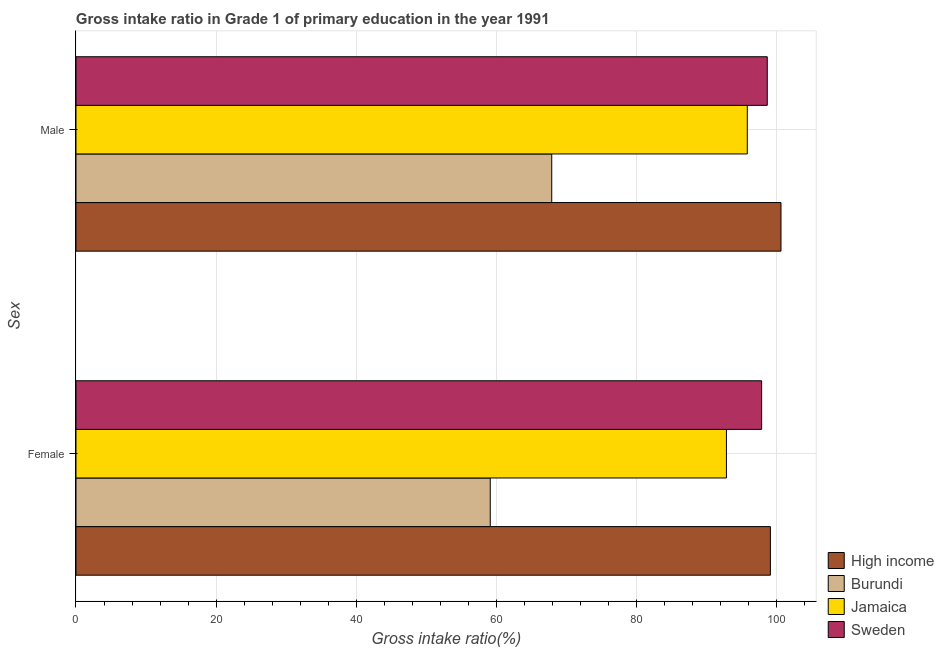
| Sex | High income | Burundi | Jamaica | Sweden |
 | --- | --- | --- | --- | --- |
 | Female | 99.1 | 59.1 | 92.9 | 97.9 |
 | Male | 101 | 67.9 | 95.9 | 98.7 |